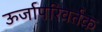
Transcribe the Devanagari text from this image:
ऊर्जापरिवर्तक